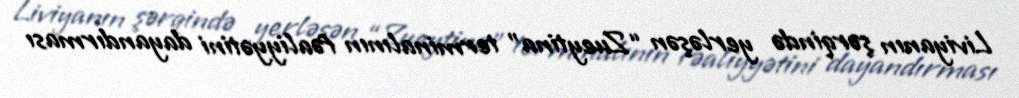
Liviyanın şərqində yerləşən “Zueytina” terminalının fəaliyyətini dayandırması